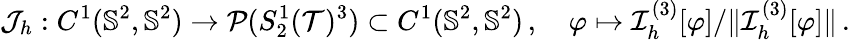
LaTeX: \mathcal{J}_{h}:C^{1}(\mathbb{S}^{2},\mathbb{S}^{2})\to\mathcal{P}(S_{2}^{1}(\mathcal{T})^{3})\subset C^{1}(\mathbb{S}^{2},\mathbb{S}^{2})\, ,\quad\varphi\mapsto\mathcal{I}_{h}^{(3)}[\varphi]/\lVert\mathcal{I}_{h}^{(3)}[\varphi]\rVert\, .